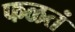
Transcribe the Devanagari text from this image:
फळतं